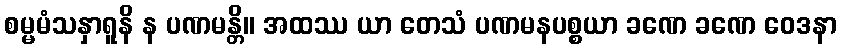
စမ္မမံသနှာရူနိ န ပဏမန္တိ။ အထဿ ယာ တေသံ ပဏမနပစ္စယာ ခဏေ ခဏေ ဝေဒနာ